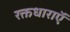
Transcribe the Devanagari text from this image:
रक्तधाराऍं